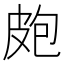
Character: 皰